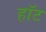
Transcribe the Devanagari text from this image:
हाॅट